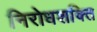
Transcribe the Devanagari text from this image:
निरोधशक्ति